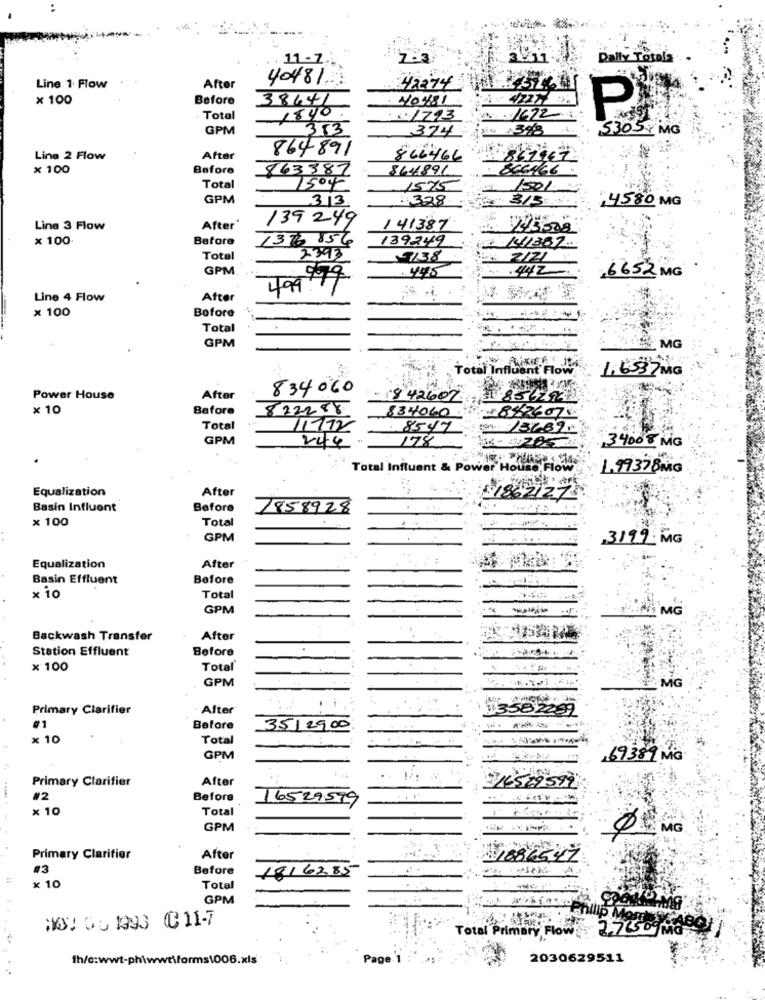
11-7
Daily Totala
40481.
Line 1 Flow
After
42874
× 100
Before
40481
4227 26
38641
P
Total
18 40
1223
1672
GPM
353
in :398
53057 MG
374
864891
Line 2 Flow
After
866466
837
x 100
Before
863387
864891
866466
1504
Total
1575
1501
GPM
313
328
315
4580 MG
139 249
Line 3 Flow
After
141387
x 100.
Before
137 854
189249
2393
2141387.
Total
7138
2121
GPM
979
445
6652 MG
499.99
Line 4 Flow
After
× 100
Bofore
Total
GPM
MG
Total Influent Flow
1,6537 MG
834060
Power House
After
+ 1842602
× 10
Before
822288
8340600 ,- 8426074
Total
11772
8547
(M). 13689.
GPM
244
178
34008 MG
Total Influent & Power House Flow
1.99378MG
Equalization
After
1862127
Basin Influent
Before
7858928
× 100
Total
GPM
3199 MG
Equalization
After
Basin Effluent
Before
× 10
Total
GPM
MG
Backwash Transfer
After
Station Effluent
Before
x 100
Total
GPM
MG
Primary Clarifier
After
13582289
#1
Before
3512900
× 10
Total
GPM
69389 MG
Primary Clarifier
After
..
216579599
#2
Before
16529599
× 10
Total
GPM
Primary Clarifier
After
11886547
#3
Before
181 6285
x 10
Total
GPM
NOV 03 1993 C11-7
wallilp Momos
Total Primary Flow: 271509 MOBI
fh/c:wwt-ph\wwt\forms\006.xls
Page 1
2030629511
.......